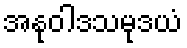
အနုဝါဒသမုဒယံ